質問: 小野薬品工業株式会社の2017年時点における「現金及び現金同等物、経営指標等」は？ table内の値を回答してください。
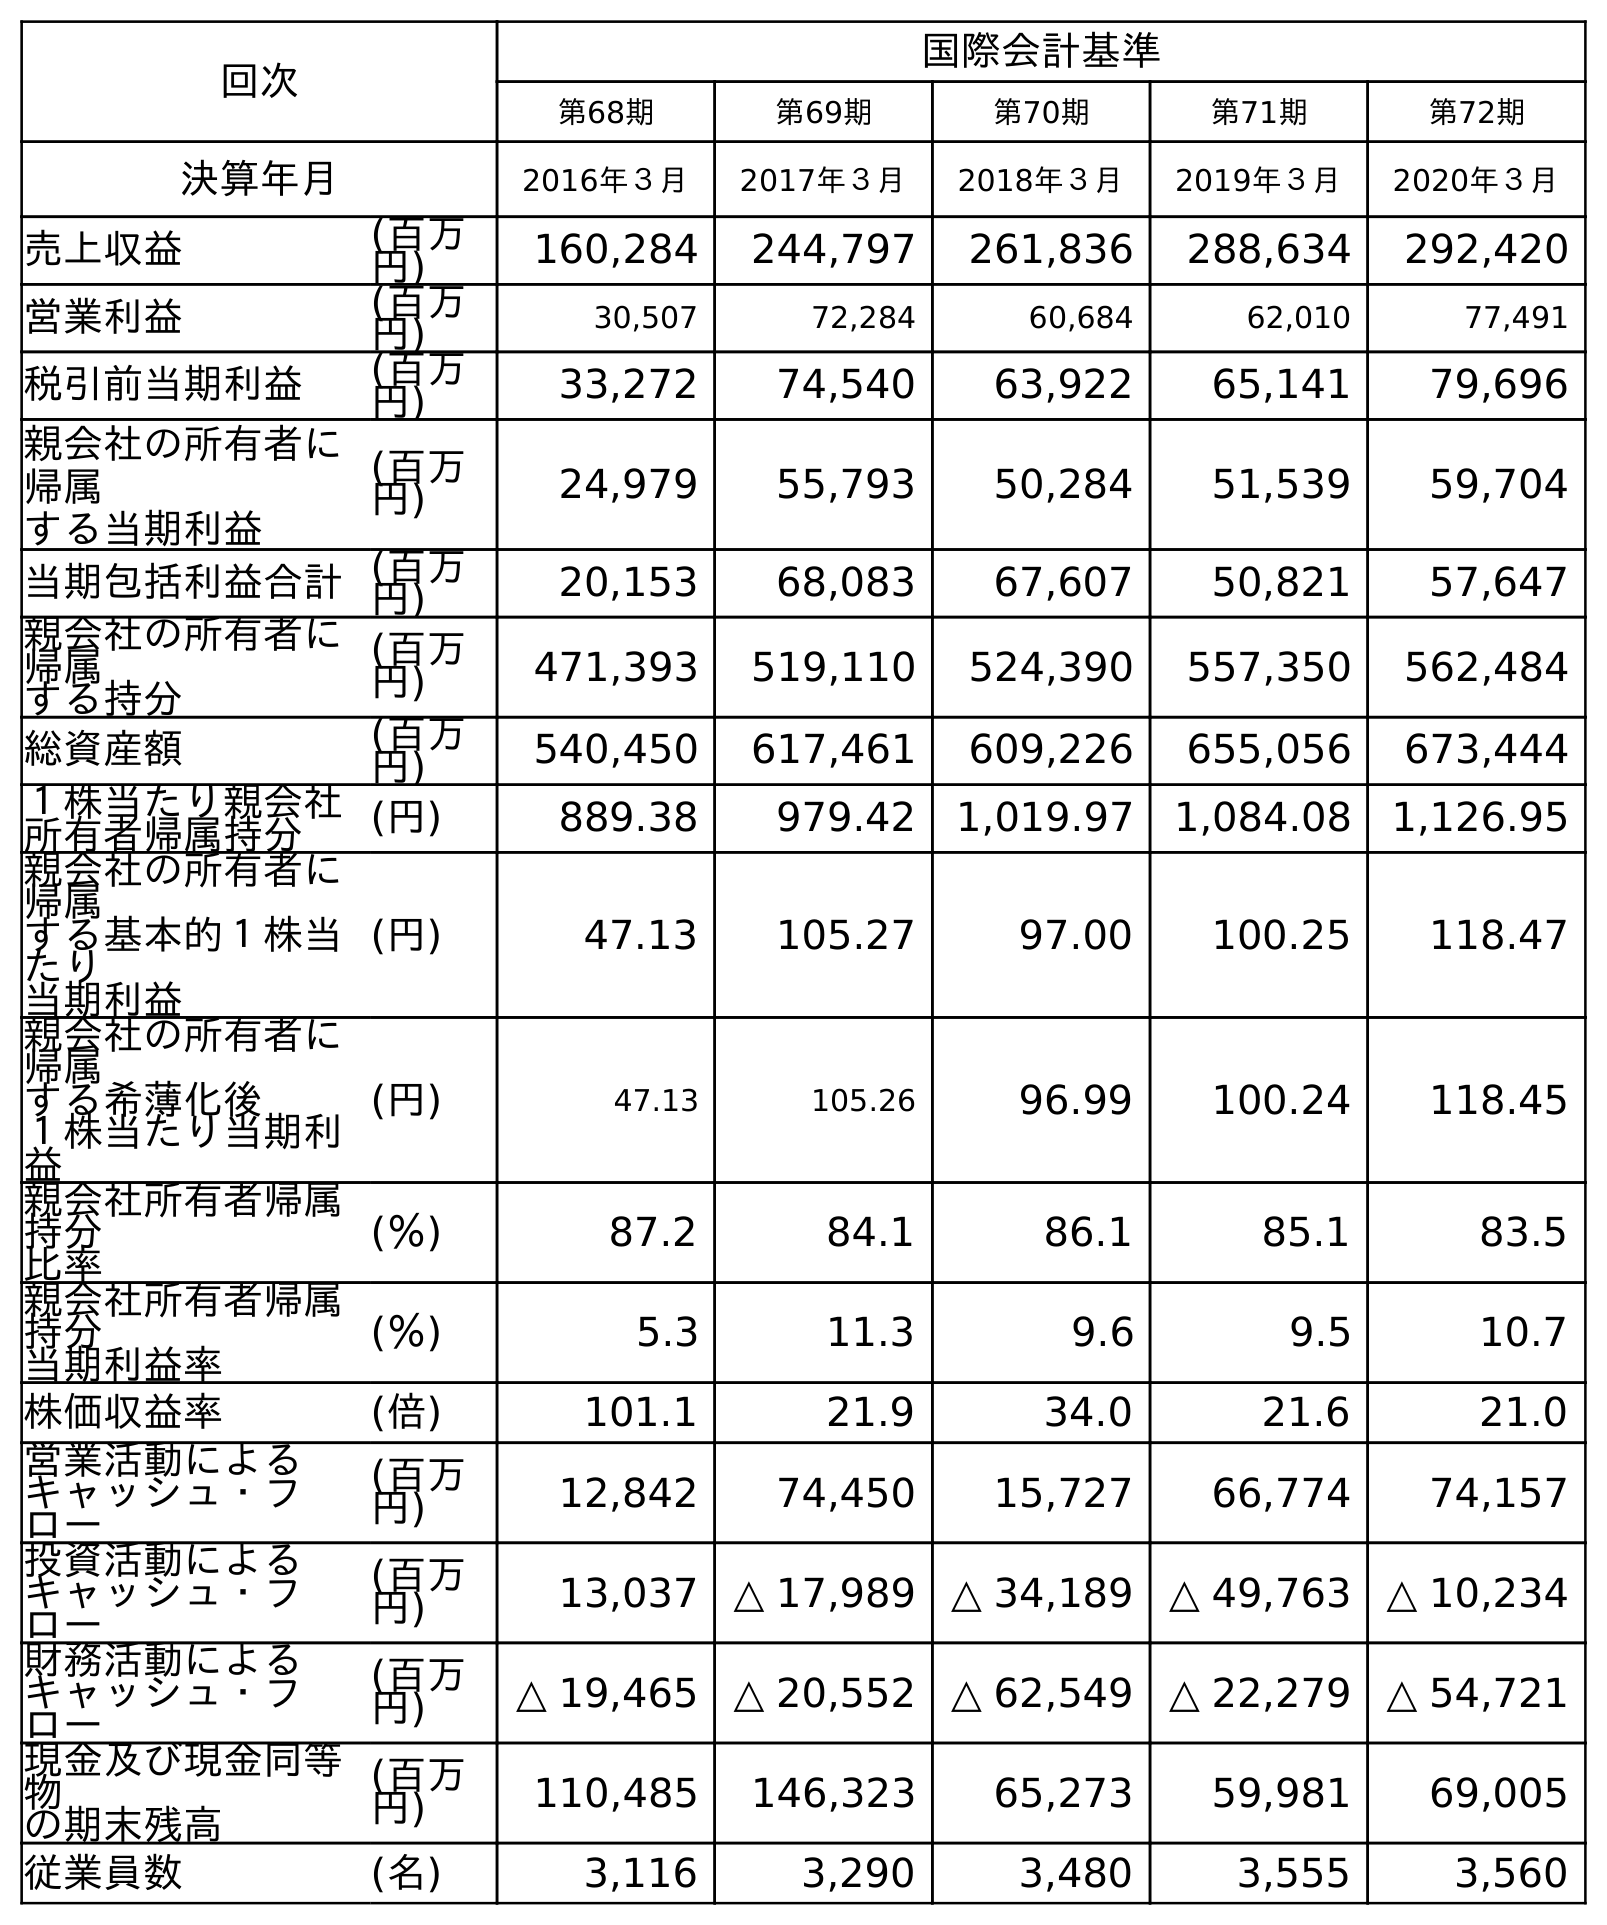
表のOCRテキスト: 回次 国際会計基準 第68期 第69期 第70期 第71期 第72期 決算年月 2016年３月 2017年３月 2018年３月 2019年３月 2020年３月 売上収益 (百万 円) 160,284 244,797 261,836 288,634 292,420 営業利益 (百万 円) 30,507 72,284 60,684 62,010 77,491 税引前当期利益 (百万 円) 33,272 74,540 63,922 65,141 79,696 親会社の所有者に 帰属 する当期利益 (百万 円) 24,979 55,793 50,284 51,539 59,704 当期包括利益合計(百万 円) 20,153 68,083 67,607 50,821 57,647 親会社の所有者に 帰属 する持分 (百万 円) 471,393 519,110 524,390 557,350 562,484 総資産額 (百万 円) 540,450 617,461 609,226 655,056 673,444 １株当たり親会社 所有者帰属持分 (円) 889.38 979.42 1,019.97 1,084.08 1,126.95 親会社の所有者に 帰属 する基本的１株当 たり 当期利益 (円) 47.13 105.27 97.00 100.25 118.47 親会社の所有者に 帰属 する希薄化後 １株当たり当期利 益 (円) 47.13 105.26 96.99 100.24 118.45 親会社所有者帰属 持分 比率 (％) 87.2 84.1 86.1 85.1 83.5 親会社所有者帰属 持分 当期利益率 (％) 5.3 11.3 9.6 9.5 10.7 株価収益率 (倍) 101.1 21.9 34.0 21.6 21.0 営業活動による キャッシュ・フ ロー (百万 円) 12,842 74,450 15,727 66,774 74,157 投資活動による キャッシュ・フ ロー (百万 円) 13,037 △ 17,989 △ 34,189 △ 49,763 △ 10,234 財務活動による キャッシュ・フ ロー (百万 円) △ 19,465 △ 20,552 △ 62,549 △ 22,279 △ 54,721 現金及び現金同等 物 の期末残高 (百万 円) 110,485 146,323 65,273 59,981 69,005 従業員数 (名) 3,116 3,290 3,480 3,555 3,560
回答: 146,323